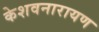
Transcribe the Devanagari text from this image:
केशवनारायण